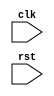
module behavior_block (
    input wire clk,
    input wire rst
);

reg q;

always @ (posedge clk or negedge rst) begin
    if (!rst) begin
        // Reset condition
        q <= 1'b0;
    end else begin
        // Positive edge of clock signal behavior
        q <= ~q;
    end
end

endmodule